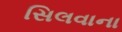
સિલવાના